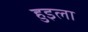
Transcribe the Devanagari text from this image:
हुइला